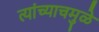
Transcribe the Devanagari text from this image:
त्यांच्याचमुळे